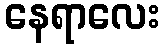
နေရာလေး